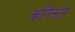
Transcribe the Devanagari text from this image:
कनिस्टर